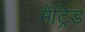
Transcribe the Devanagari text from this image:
मैट्रिड